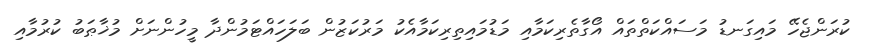
ކުރަންޖެހޭ މައިގަނޑު މަސައްކަތްތައް އޯގާތެރިކަމާއި މަޑުމައިތިރިކަމާއެކު މަރުކަޒުން ބަލަހައްޓަމުންދާ މީހުންނަށް މުޚާޠަބު ކުރުމާއި